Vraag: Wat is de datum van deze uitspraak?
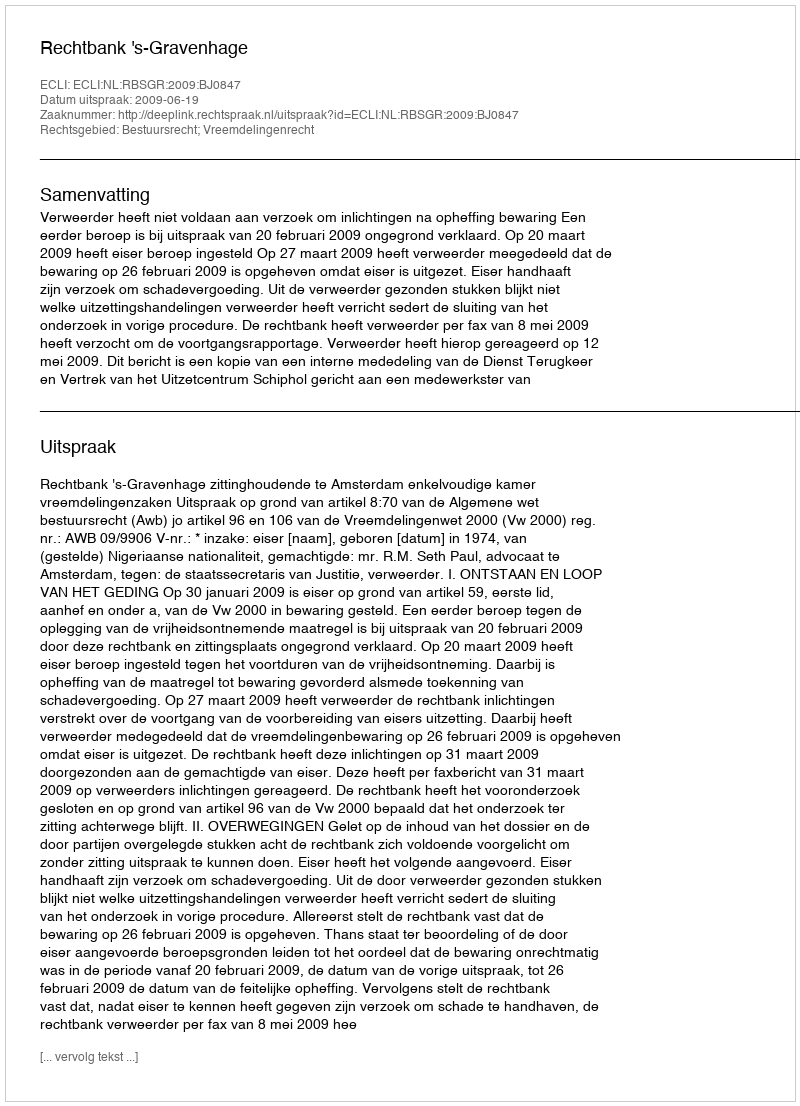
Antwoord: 2009-06-19